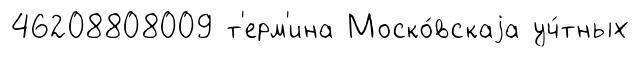
46208808009 т'ерм'ина Моско́вскаjа уч́тных